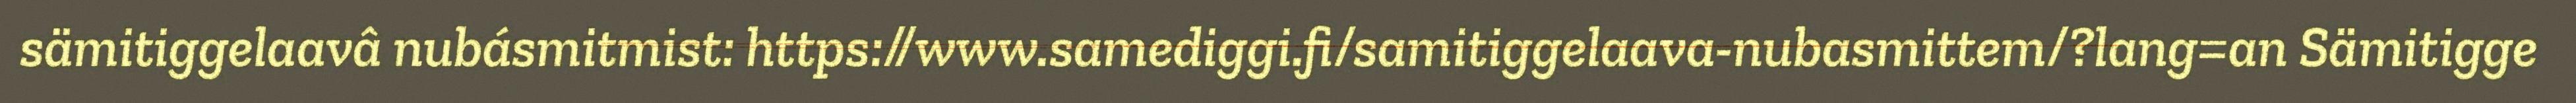
sämitiggelaavâ nubásmitmist: https://www.samediggi.fi/samitiggelaava-nubasmittem/?lang=an Sämitigge